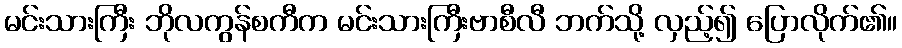
မင်းသားကြီး ဘိုလကွန်စကီက မင်းသားကြီးဗာစီလီ ဘက်သို့ လှည့်၍ ပြောလိုက်၏။